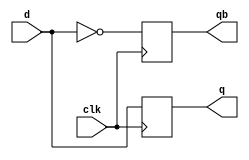
module dff(d,clk,q,qb);
  input d, clk;
  output q, qb;
  reg q,qb;
  initial
  begin
    q = 1'b0;
    qb=1'b1;

  end

  always @(posedge clk)
      begin
         q=d;
         qb=~q;
      end
endmodule